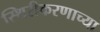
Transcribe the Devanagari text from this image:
स्थिरीकरणाच्या